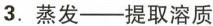
3. 蒸发——提取溶质